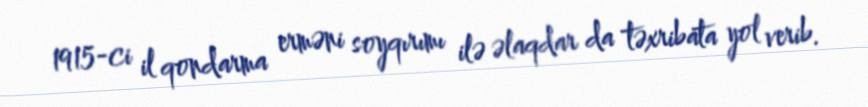
1915-ci il qondarma erməni soyqırımı ilə əlaqdar da təxribata yol verib.